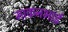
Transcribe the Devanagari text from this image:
माकनभाई